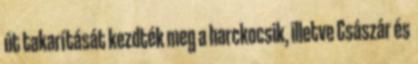
út takarítását kezdték meg a harckocsik, illetve Császár és